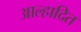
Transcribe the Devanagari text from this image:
आल्हादित